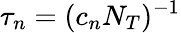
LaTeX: \tau_{n}=(c_{n}N_{T})^{-1}